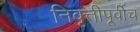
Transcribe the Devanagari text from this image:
निवृत्तीपूर्वीच